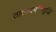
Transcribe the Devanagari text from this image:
तात्पर्यपरिशुद्धि